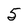
Character: 5